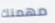
مهمتك